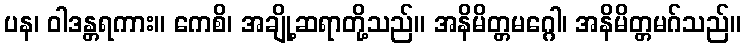
ပန၊ ဝါဒန္တရကား။ ကေစိ၊ အချို့ဆရာတို့သည်။ အနိမိတ္တမဂ္ဂေါ၊ အနိမိတ္တမဂ်သည်။